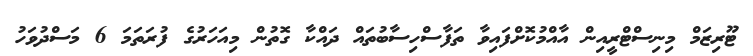
ޓޫރިޒަމް މިނިސްޓްރީއިން އާއްމުކޮށްފައިވާ ތަފާސްހިސާބުތައް ދައްކާ ގޮތުން މިއަހަރުގެ ފުރަތަމަ 6 މަސްދުވަހު